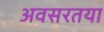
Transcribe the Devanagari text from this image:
अवसरतया